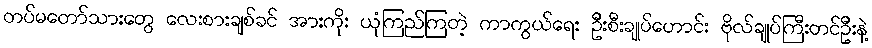
တပ်မတော်သားတွေ လေးစားချစ်ခင် အားကိုး ယုံကြည်ကြတဲ့ ကာကွယ်ရေး ဦးစီးချုပ်ဟောင်း ဗိုလ်ချုပ်ကြီးတင်ဦးနဲ့